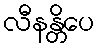
လီနန္တိပေ